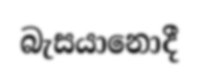
බැසයානොදී